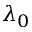
\lambda _ { 0 }